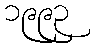
၁၉၉၃